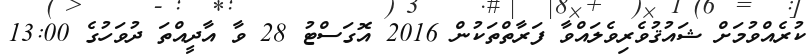
ކުރެއްވުމަށް ޝައުޤުވެރިވެލައްވާ ފަރާތްތަކުން 2016 އޮގަސްޓު 28 ވާ އާދީއްތަ ދުވަހުގެ 13:00